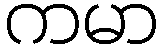
ကမာ